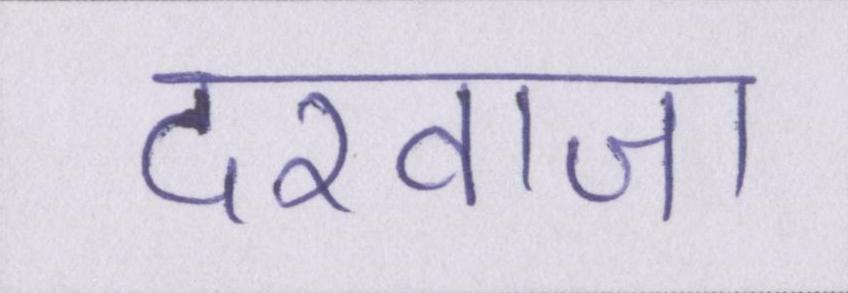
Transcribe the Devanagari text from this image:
दरवाजा